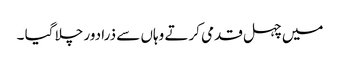
میں چہل قدمی کرتے وہاں سے ذرا دور چلا گیا ۔